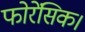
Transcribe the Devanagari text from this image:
फोरेंसिक।